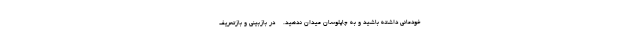
خودمانی داشته باشید و به چاپلوسان میدان ندهید. - در بازبینی و بازتعریف